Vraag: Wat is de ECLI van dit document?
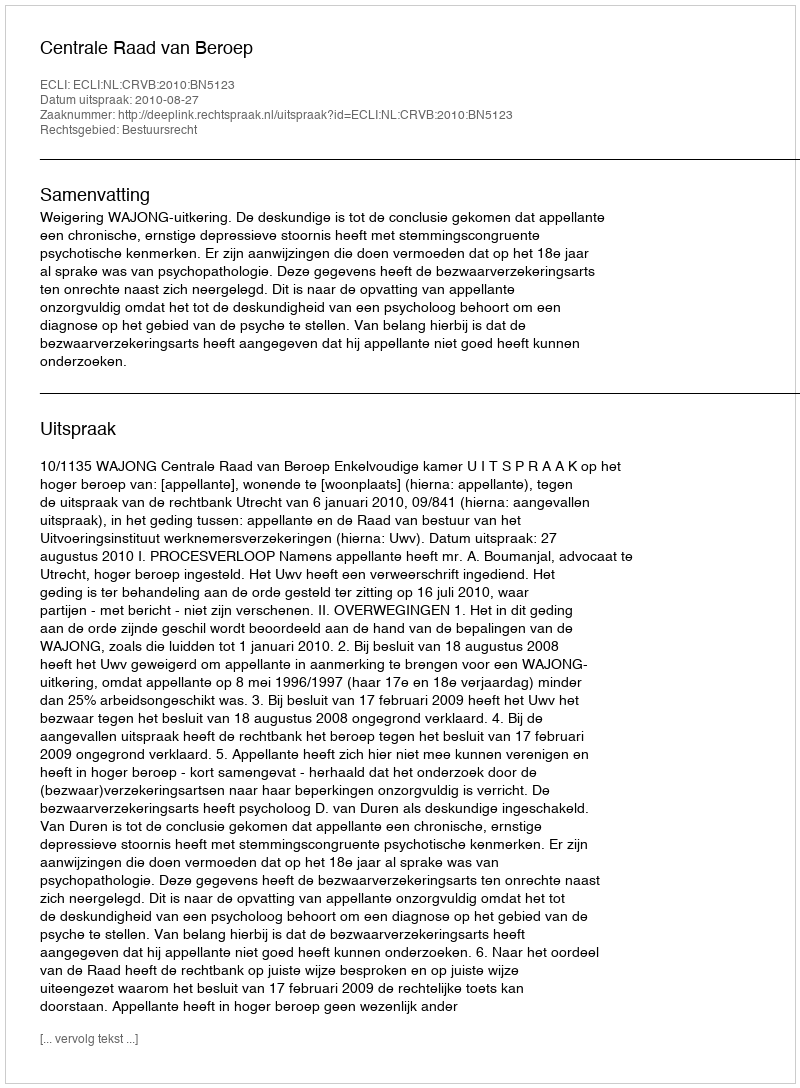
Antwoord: ECLI:NL:CRVB:2010:BN5123